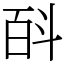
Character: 㪶